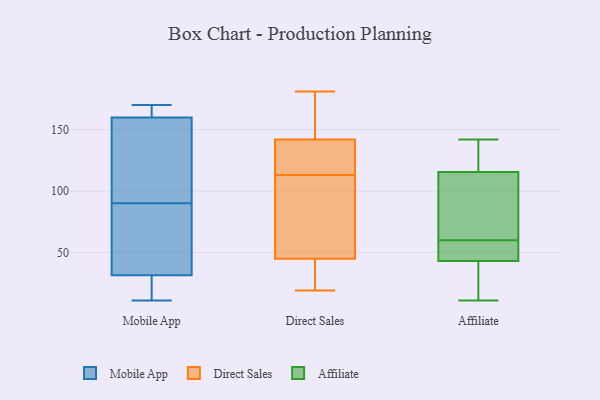
{"axis": {"x": "Waste Production (Tons)", "y": "Value"}, "legend": ["Affiliate", "Direct Sales", "Mobile App"], "data": [{"x": "", "y": 167, "type": "Mobile App"}, {"x": "", "y": 65, "type": "Mobile App"}, {"x": "", "y": 19, "type": "Mobile App"}, {"x": "", "y": 161, "type": "Mobile App"}, {"x": "", "y": 11, "type": "Mobile App"}, {"x": "", "y": 119, "type": "Mobile App"}, {"x": "", "y": 41, "type": "Mobile App"}, {"x": "", "y": 123, "type": "Mobile App"}, {"x": "", "y": 115, "type": "Mobile App"}, {"x": "", "y": 46, "type": "Mobile App"}, {"x": "", "y": 160, "type": "Mobile App"}, {"x": "", "y": 160, "type": "Mobile App"}, {"x": "", "y": 170, "type": "Mobile App"}, {"x": "", "y": 14, "type": "Mobile App"}, {"x": "", "y": 35, "type": "Mobile App"}, {"x": "", "y": 28, "type": "Mobile App"}, {"x": "", "y": 142, "type": "Direct Sales"}, {"x": "", "y": 116, "type": "Direct Sales"}, {"x": "", "y": 144, "type": "Direct Sales"}, {"x": "", "y": 24, "type": "Direct Sales"}, {"x": "", "y": 142, "type": "Direct Sales"}, {"x": "", "y": 113, "type": "Direct Sales"}, {"x": "", "y": 144, "type": "Direct Sales"}, {"x": "", "y": 101, "type": "Direct Sales"}, {"x": "", "y": 20, "type": "Direct Sales"}, {"x": "", "y": 19, "type": "Direct Sales"}, {"x": "", "y": 121, "type": "Direct Sales"}, {"x": "", "y": 84, "type": "Direct Sales"}, {"x": "", "y": 52, "type": "Direct Sales"}, {"x": "", "y": 131, "type": "Direct Sales"}, {"x": "", "y": 80, "type": "Direct Sales"}, {"x": "", "y": 181, "type": "Direct Sales"}, {"x": "", "y": 21, "type": "Direct Sales"}, {"x": "", "y": 115, "type": "Affiliate"}, {"x": "", "y": 63, "type": "Affiliate"}, {"x": "", "y": 51, "type": "Affiliate"}, {"x": "", "y": 39, "type": "Affiliate"}, {"x": "", "y": 29, "type": "Affiliate"}, {"x": "", "y": 11, "type": "Affiliate"}, {"x": "", "y": 142, "type": "Affiliate"}, {"x": "", "y": 57, "type": "Affiliate"}, {"x": "", "y": 125, "type": "Affiliate"}, {"x": "", "y": 47, "type": "Affiliate"}, {"x": "", "y": 116, "type": "Affiliate"}, {"x": "", "y": 73, "type": "Affiliate"}]}